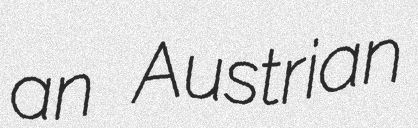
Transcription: an Austrian